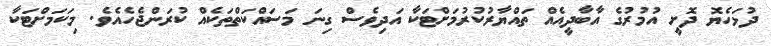
ދުޅަހެޔޮ ދޮށީ އުމުރުގެ އާބާދީއެއް ތައްޔާރުކުރުމަށްޓަކާ އަދިވެސް ގިނަ މަސައްކަތްތަކެއް ކުރަންޖެހެއެވެ. މިކަމަށްޓަކާ